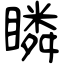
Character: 瞵